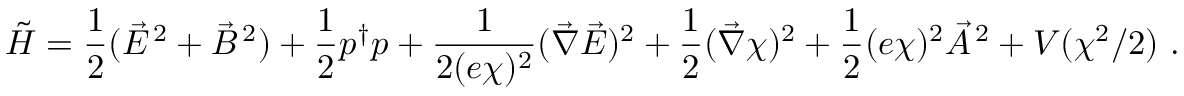
\tilde { \cal H } = \frac { 1 } { 2 } ( \vec { \cal E } ^ { \, 2 } + \vec { \cal B } ^ { \, 2 } ) + \frac { 1 } { 2 } p ^ { \dagger } p + \frac { 1 } { 2 ( e \chi ) ^ { 2 } } ( \vec { \nabla } \vec { \cal E } ) ^ { 2 } + \frac { 1 } { 2 } ( \vec { \nabla } \chi ) ^ { 2 } + \frac { 1 } { 2 } ( e \chi ) ^ { 2 } \vec { \cal A } ^ { \, 2 } + V ( \chi ^ { 2 } / 2 ) \ .